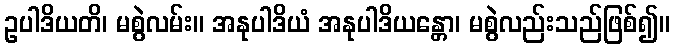
ဥပါဒိယတိ၊ မစွဲလမ်း။ အနုပါဒိယံ အနုပါဒိယန္တော၊ မစွဲလည်းသည်ဖြစ်၍။